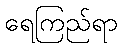
ရေကြည်ရာ